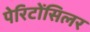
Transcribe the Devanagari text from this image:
पेरिटोंसिलर